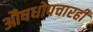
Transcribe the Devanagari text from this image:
औषधोपचारही